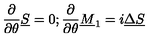
{ \frac { \partial } { \partial \theta } } \underline { S } = 0 ; { \frac { \partial } { \partial \theta } } \underline { M } _ { 1 } = i \underline { \Delta } \underline { S }